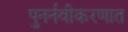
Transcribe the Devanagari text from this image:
पुनर्नवीकरणात